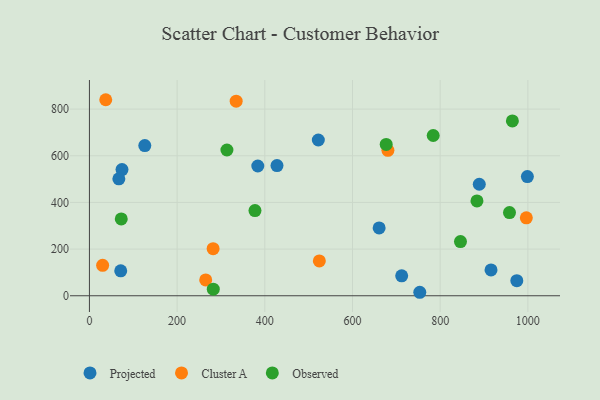
{"axis": {"x": "Investment", "y": "Salary"}, "legend": ["Cluster A", "Observed", "Projected"], "data": [{"x": "74.3", "y": 540.7, "type": "Projected"}, {"x": "916.0", "y": 110.8, "type": "Projected"}, {"x": "974.8", "y": 64.5, "type": "Projected"}, {"x": "660.8", "y": 290.5, "type": "Projected"}, {"x": "126.3", "y": 643.4, "type": "Projected"}, {"x": "427.8", "y": 558.1, "type": "Projected"}, {"x": "889.2", "y": 477.9, "type": "Projected"}, {"x": "712.2", "y": 85.6, "type": "Projected"}, {"x": "522.1", "y": 667.5, "type": "Projected"}, {"x": "67.1", "y": 501.0, "type": "Projected"}, {"x": "753.5", "y": 14.9, "type": "Projected"}, {"x": "384.0", "y": 556.1, "type": "Projected"}, {"x": "998.9", "y": 510.9, "type": "Projected"}, {"x": "71.4", "y": 106.9, "type": "Projected"}, {"x": "282.1", "y": 201.7, "type": "Cluster A"}, {"x": "680.8", "y": 623.4, "type": "Cluster A"}, {"x": "996.5", "y": 334.1, "type": "Cluster A"}, {"x": "265.2", "y": 67.7, "type": "Cluster A"}, {"x": "30.1", "y": 130.3, "type": "Cluster A"}, {"x": "334.7", "y": 834.1, "type": "Cluster A"}, {"x": "37.2", "y": 840.1, "type": "Cluster A"}, {"x": "524.4", "y": 149.2, "type": "Cluster A"}, {"x": "846.3", "y": 232.3, "type": "Observed"}, {"x": "883.9", "y": 406.5, "type": "Observed"}, {"x": "784.1", "y": 686.8, "type": "Observed"}, {"x": "958.1", "y": 356.4, "type": "Observed"}, {"x": "377.6", "y": 364.9, "type": "Observed"}, {"x": "676.9", "y": 648.4, "type": "Observed"}, {"x": "282.5", "y": 28.0, "type": "Observed"}, {"x": "72.6", "y": 329.3, "type": "Observed"}, {"x": "313.6", "y": 624.7, "type": "Observed"}, {"x": "964.7", "y": 749.2, "type": "Observed"}]}